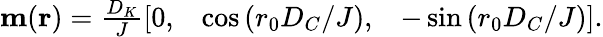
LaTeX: \begin{array}{r}{{\mathbf{m}}({\mathbf{r}})=\frac{D_{K}}{J}\left[\begin{array}{lll}{0,}&{\cos{(r_{0}D_{C}/J)},}&{-\sin{(r_{0}D_{C}/J)}}\end{array}\right].}\end{array}